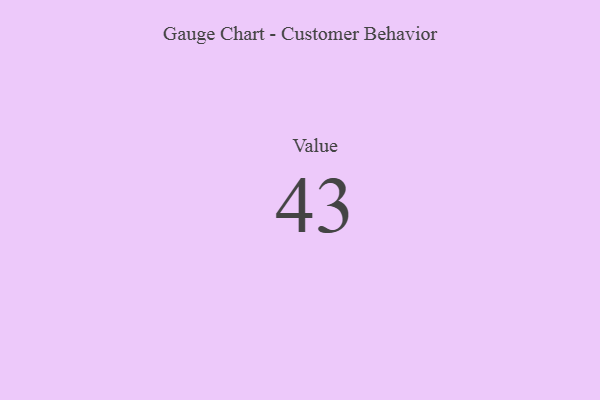
{"axis": {"x": "Metric", "y": "Value"}, "legend": [""], "data": [{"x": "Value", "y": 43, "type": ""}]}